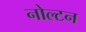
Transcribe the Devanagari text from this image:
नोल्टन